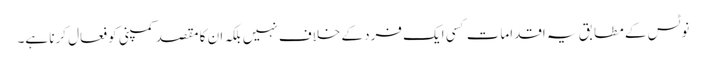
نوٹس کے مطابق یہ اقدامات کسی ایک فرد کے خلاف نہیں بلکہ ان کا مقصد کمپنی کو فعال کرنا ہے۔